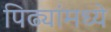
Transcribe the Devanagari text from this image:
पिढ्यांमध्ये